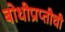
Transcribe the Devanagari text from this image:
बोधीप्राप्तीची